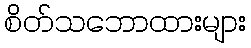
စိတ်သဘောထားများ